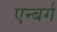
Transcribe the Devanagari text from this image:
एन्बर्ग